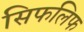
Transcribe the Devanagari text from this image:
सिफलिफ